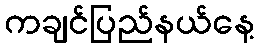
ကချင်ပြည်နယ်နေ့